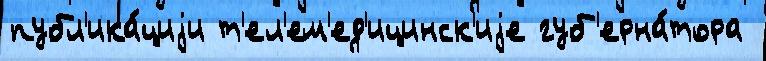
публ'ика́циjи т'ел'ем'ед'ицинск'иjе губ'ерна́тора